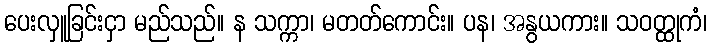
ပေးလှူခြင်းငှာ မည်သည်။ န သက္ကာ၊ မတတ်ကောင်း။ ပန၊ အနွယကား။ သဝတ္ထုကံ၊